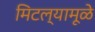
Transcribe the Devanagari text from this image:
मिटल्यामूळे